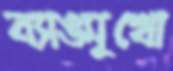
ব্যাঙমুখো